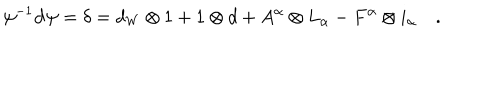
\psi ^ { - 1 } \mathbf { d } \psi = \delta = d _ { W } \otimes 1 + 1 \otimes d + A ^ { \alpha } \otimes L _ { \alpha } - F ^ { \alpha } \otimes i _ { \alpha } \quad .